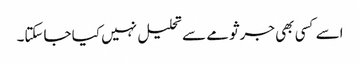
اسے کسی بھی جرثومے سے تحلیل نہیں کیا جاسکتا۔